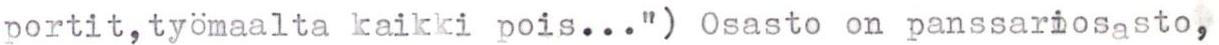
portit, työmaalta kaikki pois...") Osasto on panssariosasto,